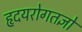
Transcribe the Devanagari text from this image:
हृदयरोगतज्ञों